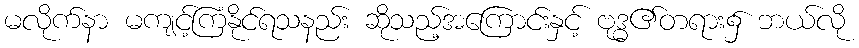
မလိုက်နာ မကျင့်ကြံနိုင်ရသနည်း ဆိုသည့်အကြောင်းနှင့် ဗုဒ္ဓ၏တရား၌ ဘယ်လို